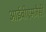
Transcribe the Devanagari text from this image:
आईबीएमजैसी